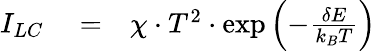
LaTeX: \begin{array}{rlr}{I_{LC}}&{{}=}&{{\chi\cdot{T^{2}}\cdot\exp{\left(-{\frac{\delta E}{k_{B}T}}\right)}}}\end{array}